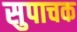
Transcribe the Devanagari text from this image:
सुपाचक